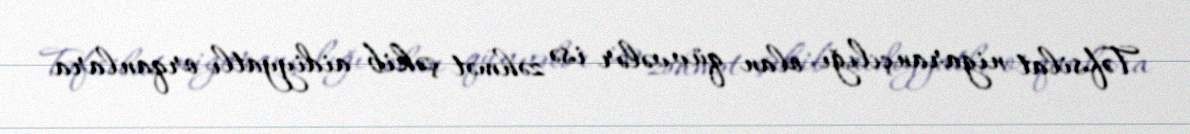
Təfsilat nigarançılığı olan qüvvələr isə zəhmət çəkib aidiyyatlı orqanlara